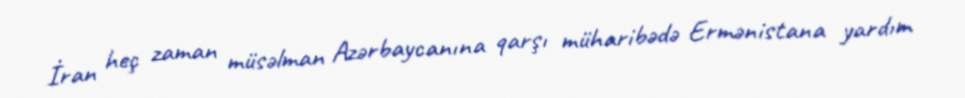
İran heç zaman müsəlman Azərbaycanına qarşı müharibədə Ermənistana yardım